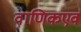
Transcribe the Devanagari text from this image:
वाणिकएवं